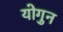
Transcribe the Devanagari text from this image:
योगुन